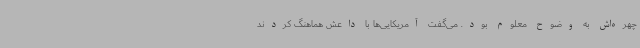
چهره‌اش به وضوح معلوم بود. می‌گفت آمریکایی‌ها با داعش هماهنگ کردند